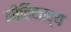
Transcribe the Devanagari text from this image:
नीतिकाव्य